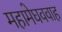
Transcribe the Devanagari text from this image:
महामेघववाह